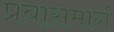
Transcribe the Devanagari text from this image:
प्रवासमार्ग